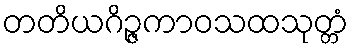
တတိယဂိဉ္ဇကာဝသထသုတ္တံ